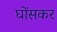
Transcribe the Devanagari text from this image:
घोंसकर